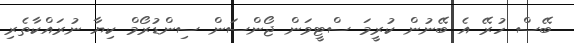
ބޭސް ހުރޭ އެ ބޭނުން ކުރީމަ ސްޓީވަން ޖޯންސަން ސިންޑުރޯމް ކިޔާ ނުރައްކާތެރި